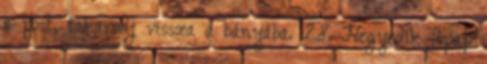
a post, takarodj vissza a bányába. 28. Negyedik főpap